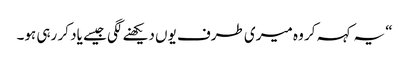
“ یہ کہہ کر وہ میری طرف یوں دیکھنے لگی جیسے یاد کر رہی ہو۔